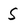
Character: S